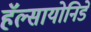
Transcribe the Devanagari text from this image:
हॅल्सायोनिडे